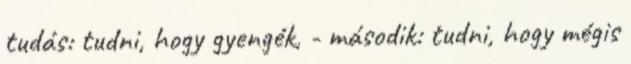
tudás: tudni, hogy gyengék, - második: tudni, hogy mégis